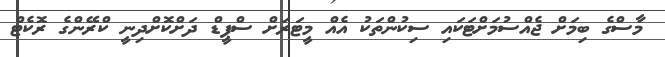
މާސްގެ ބިމަށް ޖެއްސުމަށްޓަކައި ސިކުންތަކު އެއް މީޓަރަށް ސްޕީޑް ދަށްކޮށްދިނީ ކްރޭންގެ ރޮކެޓް